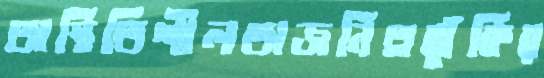
অস্থিতিশীলতাজনিত্রঝুঁকির